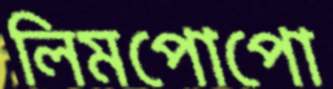
লিমপোপো